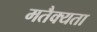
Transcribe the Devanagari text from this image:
मतैक्यता